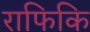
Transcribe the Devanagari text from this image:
राफिकि